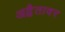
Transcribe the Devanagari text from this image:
अद्वैतावर